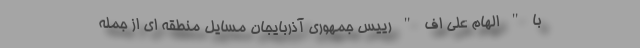
با " الهام علی اف " رییس جمهوری آذربایجان مسایل منطقه ای از جمله